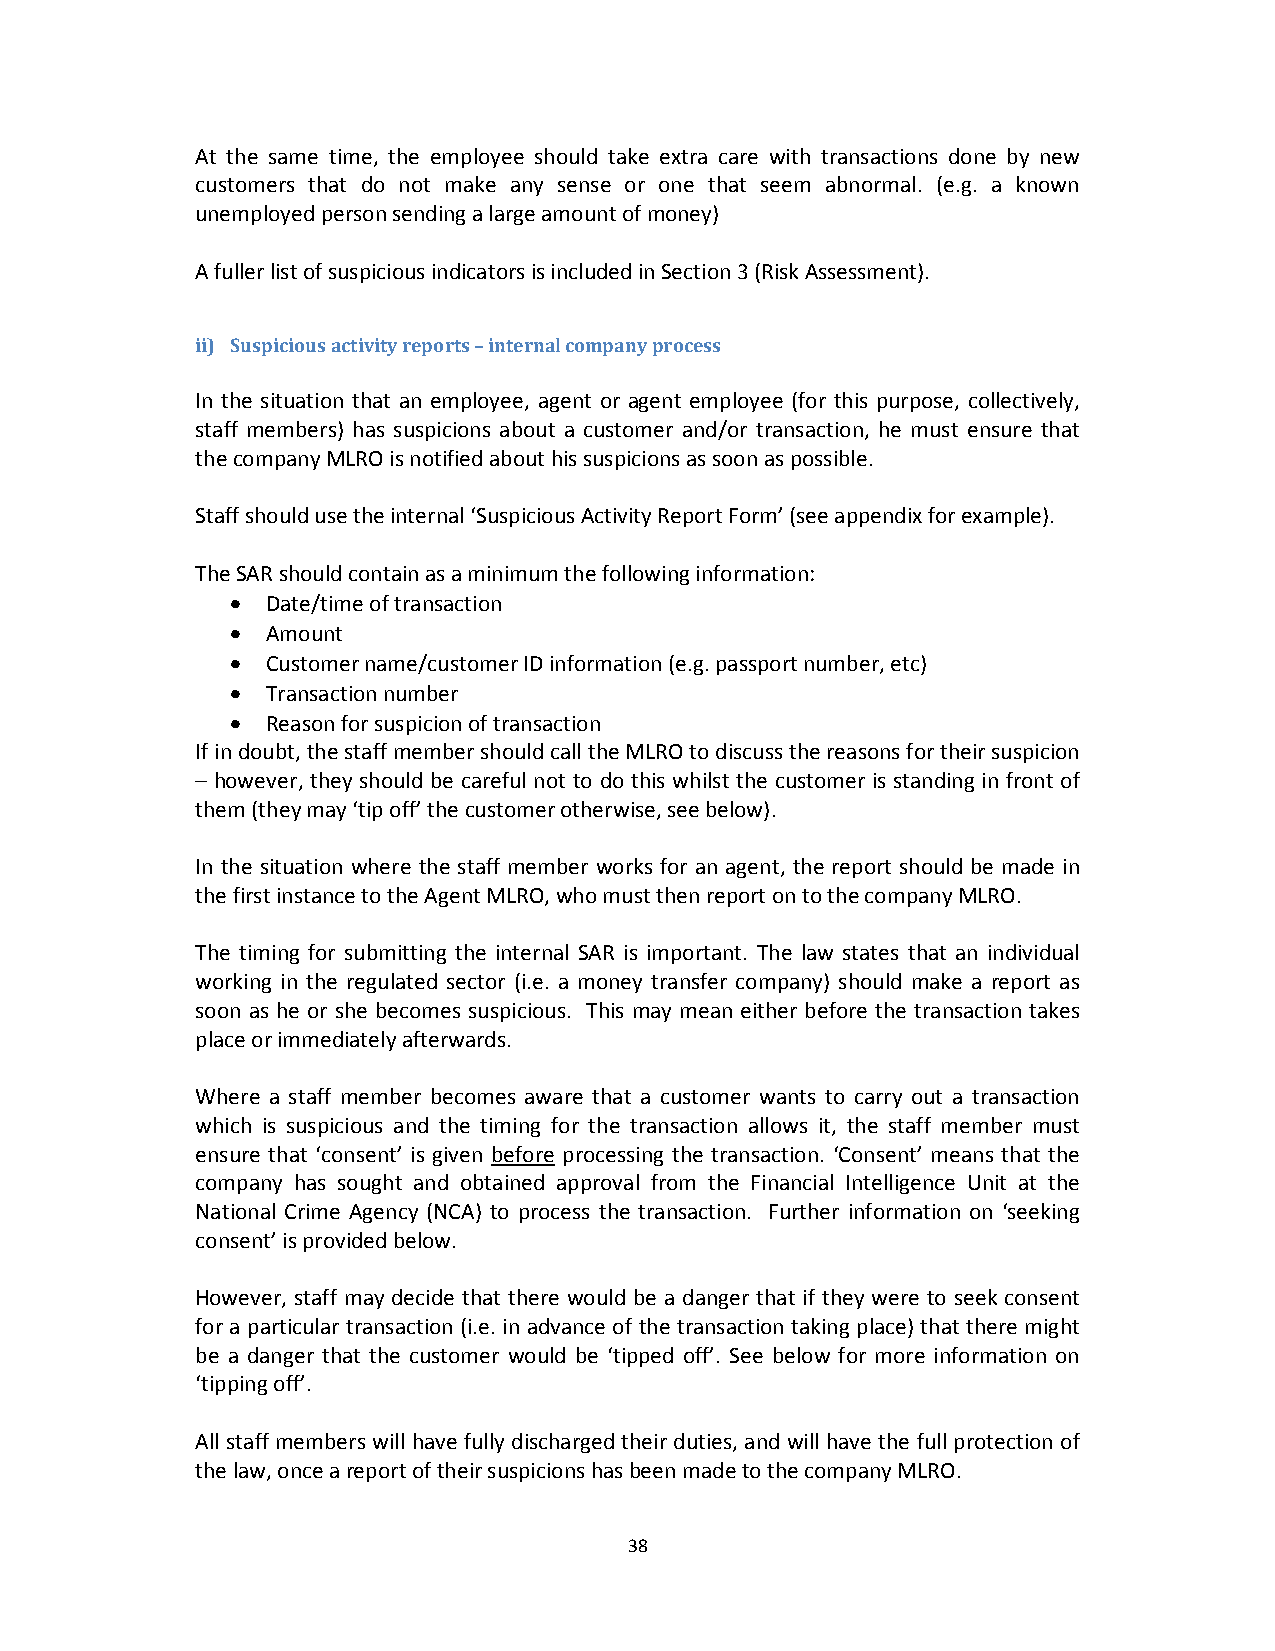
At the same time, the employee should take extra care with transactions done by new
 customers that do not make any sense or one that seem abnormal. (e.g. a known
 unemployed person sending a large amount of money)
 A fuller list of suspicious indicators is included in Section 3 (Risk Assessment).
 ii) Suspicious activity reports – internal company process
 In the situation that an employee, agent or agent employee (for this purpose, collectively,
 staff members) has suspicions about a customer and/or transaction, he must ensure that
 the company MLRO is notified about his suspicions as soon as possible.
 Staff should use the internal ‘Suspicious Activity Report Form’ (see appendix for example).
 The SAR should contain as a minimum the following information:
   Date/time of transaction
   Amount
   Customer name/customer ID information (e.g. passport number, etc)
   Transaction number
   Reason for suspicion of transaction
 If in doubt, the staff member should call the MLRO to discuss the reasons for their suspicion
 – however, they should be careful not to do this whilst the customer is standing in front of
 them (they may ‘tip off’ the customer otherwise, see below).
 In the situation where the staff member works for an agent, the report should be made in
 the first instance to the Agent MLRO, who must then report on to the company MLRO.
 The timing for submitting the internal SAR is important. The law states that an individual
 working in the regulated sector (i.e. a money transfer company) should make a report as
 soon as he or she becomes suspicious. This may mean either before the transaction takes
 place or immediately afterwards.
 Where a staff member becomes aware that a customer wants to carry out a transaction
 which is suspicious and the timing for the transaction allows it, the staff member must
 ensure that ‘consent’ is given before processing the transaction. ‘Consent’ means that the
 company has sought and obtained approval from the Financial Intelligence Unit at the
 National Crime Agency (NCA) to process the transaction. Further information on ‘seeking
 consent’ is provided below.
 However, staff may decide that there would be a danger that if they were to seek consent
 for a particular transaction (i.e. in advance of the transaction taking place) that there might
 be a danger that the customer would be ‘tipped off’. See below for more information on
 ‘tipping off’.
 All staff members will have fully discharged their duties, and will have the full protection of
 the law, once a report of their suspicions has been made to the company MLRO.
 38